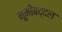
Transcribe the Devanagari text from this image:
भूमीबद्दल